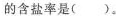
的含盐率是( )。